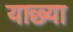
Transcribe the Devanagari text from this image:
याछ्या